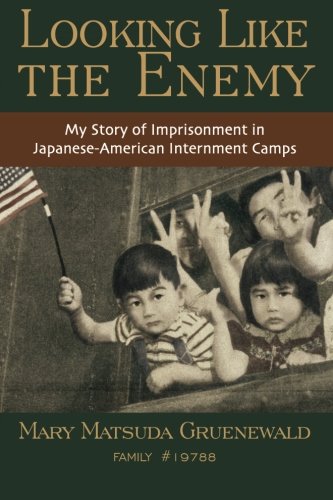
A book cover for Looking Like the Enemy: My Story of Imprisonment in Japanese American Internment Camps; Mary Matsuda Gruenewald; Biographies & Memoirs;